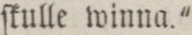
ſkulle winna.'